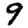
Digit: 9